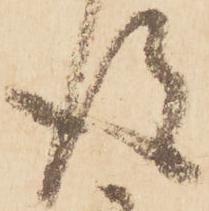
得